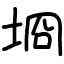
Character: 埛